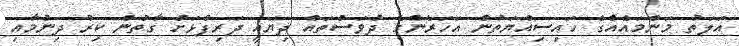
އަލަތު މަންމައެއްގެ ހައިސިއްޔަތުން އަހަރެންގެ ދުވަސްތައް ދިޔައީ ދަރިފުޅަށް ގާތުން ކިރު ދިނުމާއި